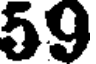
59